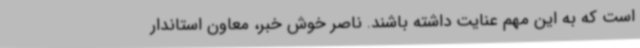
است که به این مهم عنایت داشته باشند. ناصر خوش خبر، معاون استاندار